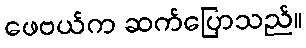
ဖေဗယ်က ဆက်ပြောသည်။